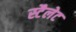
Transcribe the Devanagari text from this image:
स्टैलेट